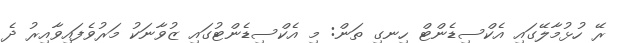
ރޭ ހުޅުމާލޭގައި އެކްސިޑެންޓް ހިނގި ތަން: މި އެކްސިޑެންޓުގައި ޒުވާނަކު މަރުވެފައިވާއިރު ދެ